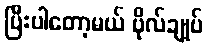
ပြီးပါတော့မယ် ဗိုလ်ချုပ်